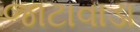
જાટાવાડા